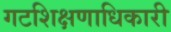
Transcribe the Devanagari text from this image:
गटशिक्षणाधिकारी